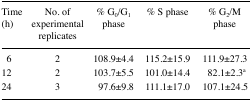
<table><thead><tr><td><b>Time (h)</b></td><td><b>No. of experimental replicates</b></td><td><b>% G<sub>0</sub>/G<sub>1</sub> phase</b></td><td><b>% S phase</b></td><td><b>% G<sub>2</sub>/M phase</b></td></tr></thead><tbody><tr><td>6</td><td>2</td><td>108.9±4.4</td><td>115.2±15.9</td><td>111.9±27.3</td></tr><tr><td>12</td><td>2</td><td>103.7±5.5</td><td>101.0±14.4</td><td>82.1±2.3<sup>a</sup></td></tr><tr><td>24</td><td>3</td><td>97.6±9.8</td><td>111.1±17.0</td><td>107.1±24.5</td></tr></tbody></table>